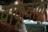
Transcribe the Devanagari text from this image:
वाकूवाकू